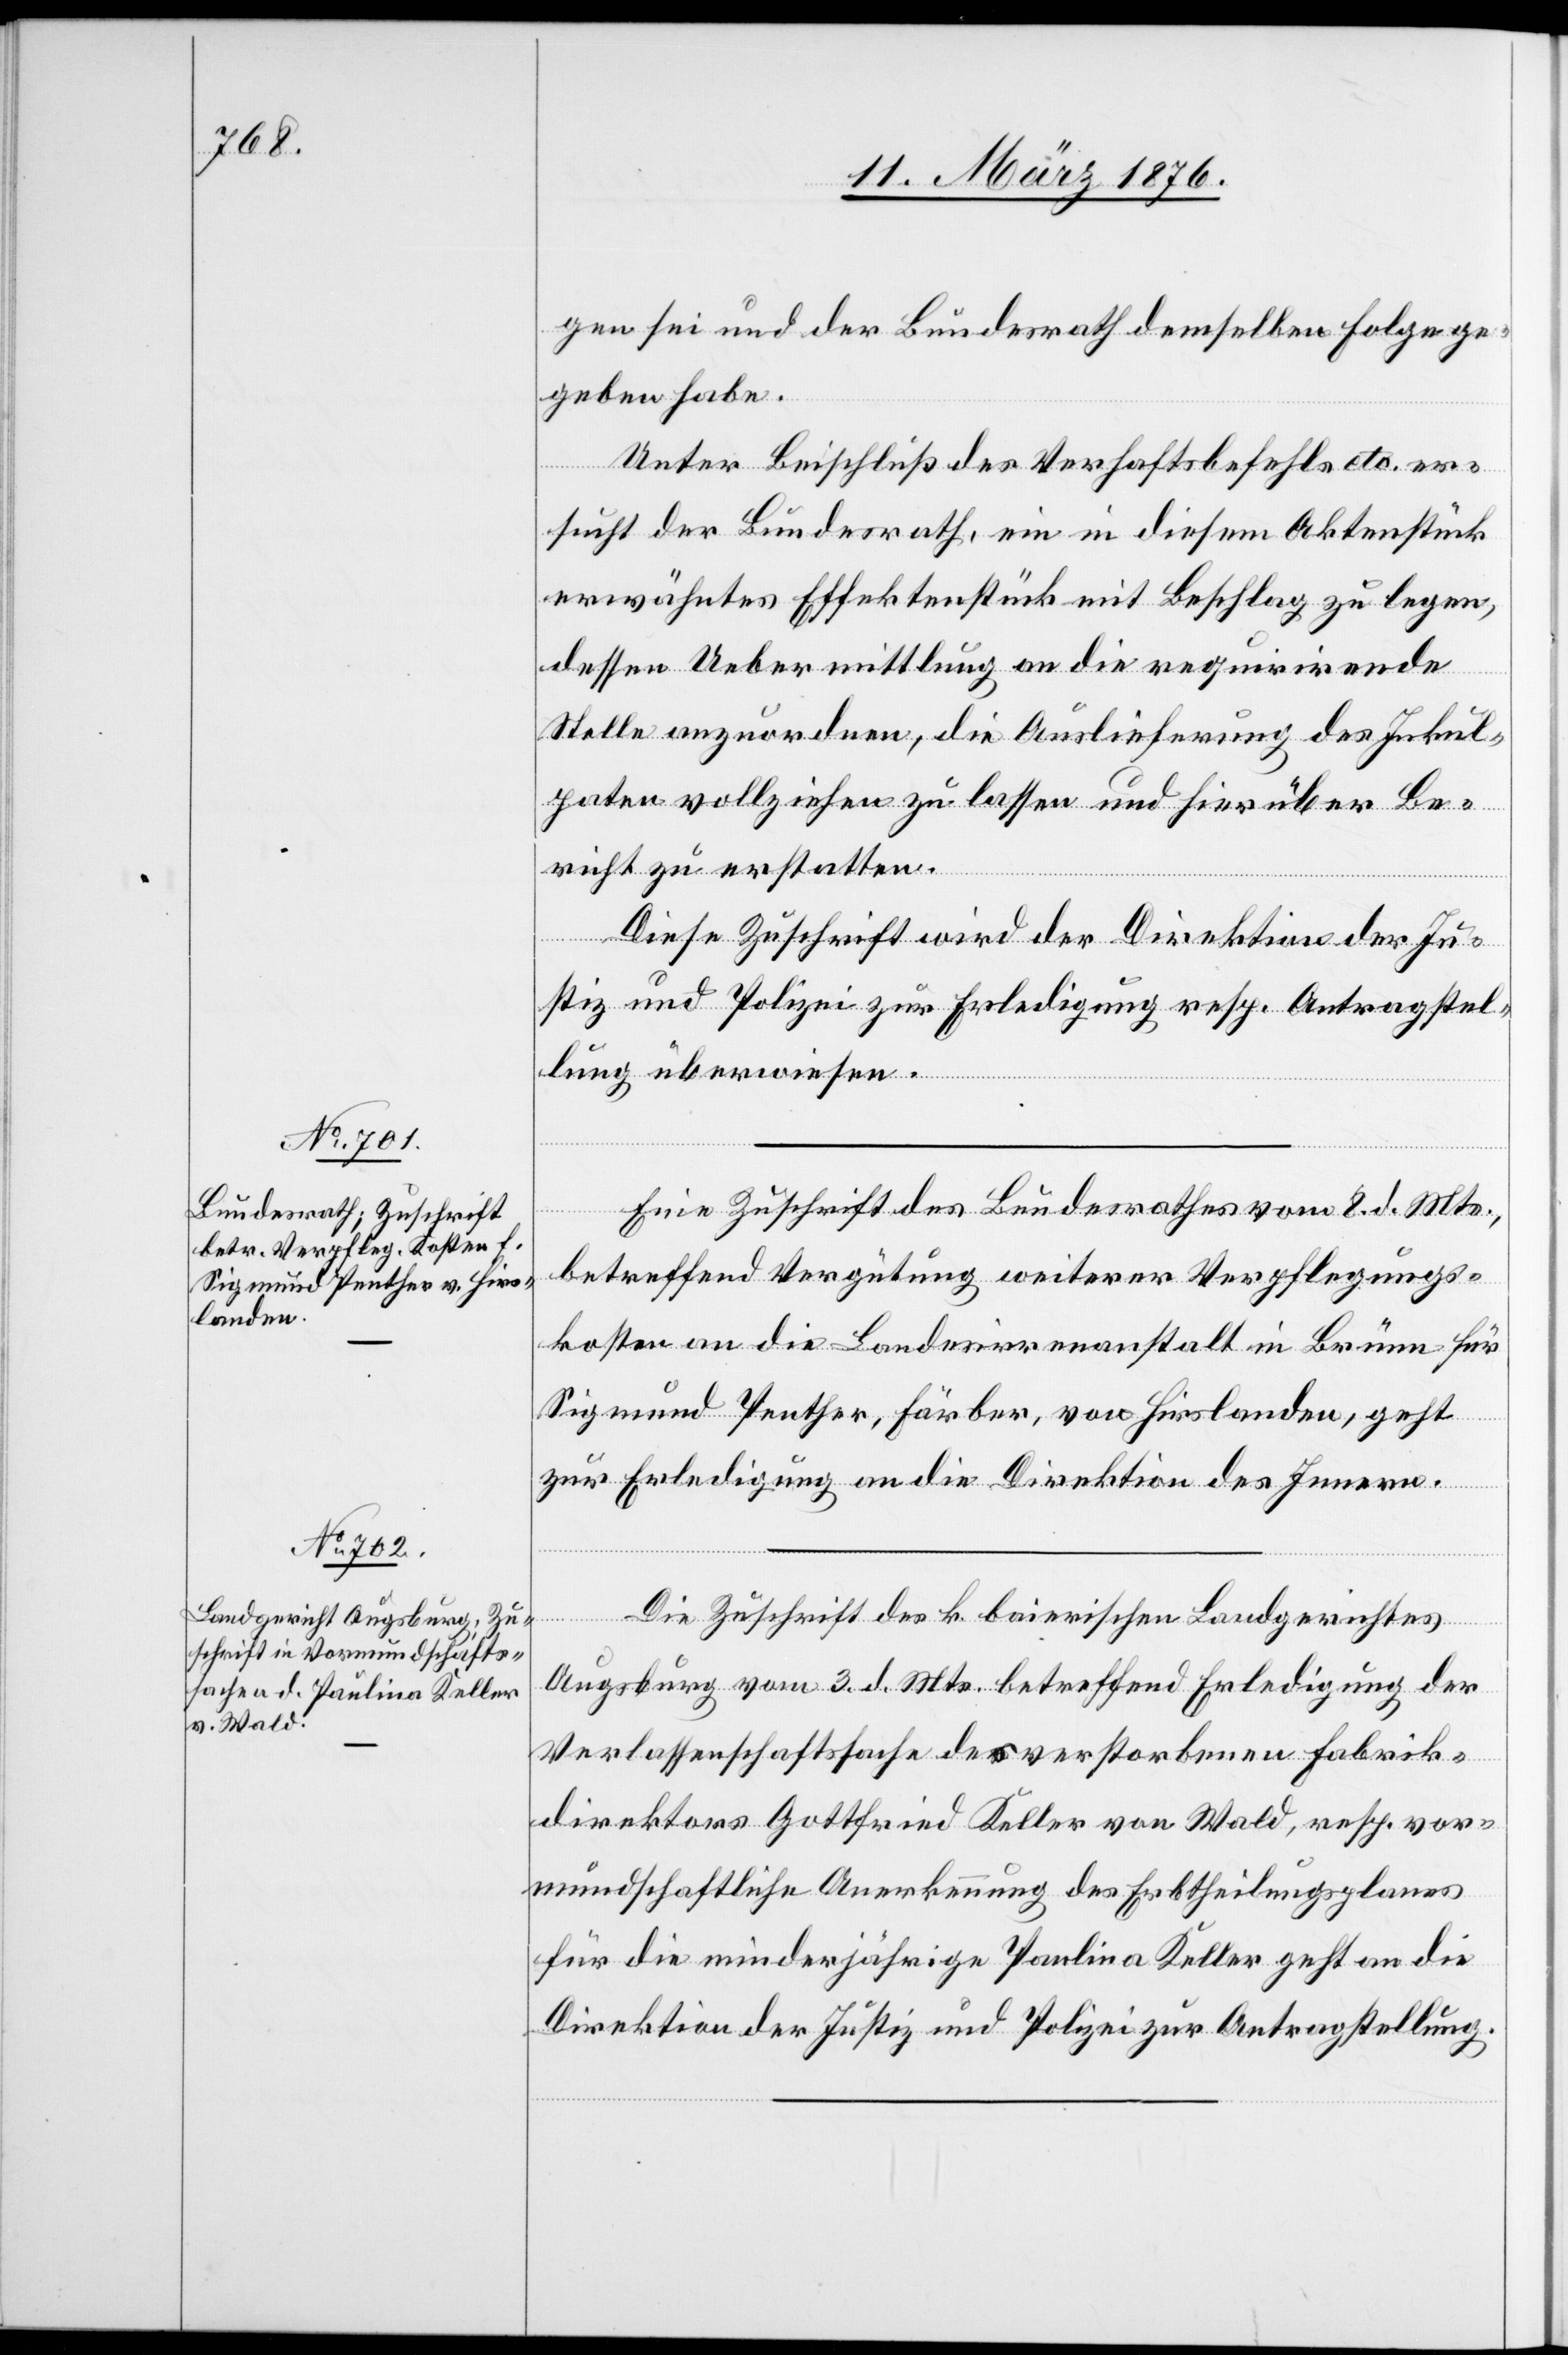
11. März 1876.]
gen sei und der Bundesrath demselben Folge ge¬
geben habe.
Unter Beischluß des Verhaftsbefehls etc. er¬
sucht der Bundesrath, ein in diesem Aktenstück
erwähntes Effektenstück mit Beschlag zu legen,
dessen Uebermittlung an die requirirende
Stelle anzuordnen, die Auslieferung des Inkul¬
paten vollziehen zu lassen und hierüber Be¬
richt zu erstatten.
Diese Zuschrift wird der Direktion der Ju¬
stiz und Polizei zur Erledigung resp. Antragstel¬
lung überwiesen.
Eine Zuschrift des Bundesrathes vom 8. d. Mts.,
betreffend Vergütung weiterer Verpflegungs¬
kosten an die Landesirrenanstalt in Brünn für
Sigmund Penther, Färber, von Hirslanden, geht
zur Erledigung an die Direktion des Innern.
Die Zuschrift des k. bairischen Landgerichtes
Augsburg vom 3. d. Mts. betreffend Erledigung der
Verlassenschaftssache des verstorbenen Fabrik¬
direktors Gottfried Keller von Wald, resp. vor¬
mundschaftliche Anerkennung des Erbtheilungsplanes
für die minderjährige Paulina Keller geht an die
Direktion der Justiz und Polizei zur Antragstellung.